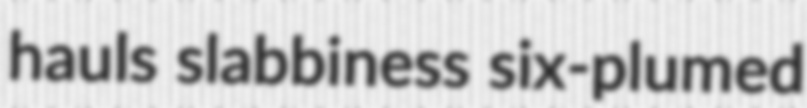
hauls slabbiness six-plumed